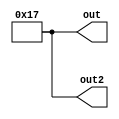
module capricious_bits4 (
  output [4:0] out,
  output [4:0] out2,
);

assign out = 5'd23;
assign out2 = 5'd23;

endmodule